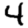
Digit: 4